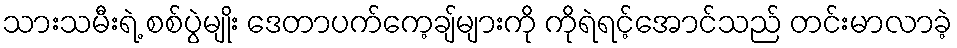
သားသမီးရဲ့ စစ်ပွဲမျိုး ဒေတာပက်ကေ့ချ်များကို ကိုရဲရင့်အောင်သည် တင်းမာလာခဲ့